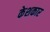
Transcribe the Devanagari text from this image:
केशकार